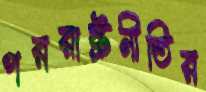
পররাষ্ট্রনীতির